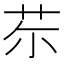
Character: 𦬼